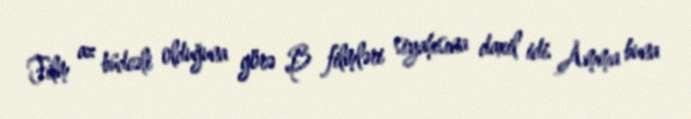
Film az büdcəli olduğuna görə B filmləri siyahısına daxil idi. Amma buna